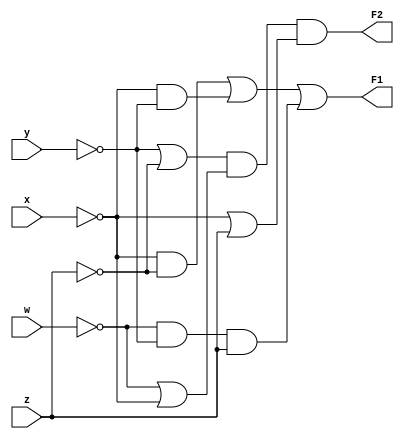
`timescale 1ns / 1ps
//////////////////////////////////////////////////////////////////////////////////
// Company: 
// Engineer: 
// 
// Design Name: 
// Module Name:    Ex1 
// Project Name: 
// Target Devices: 
// Tool versions: 
// Description: 
//
// Dependencies: 
//
// Revision: 
// Revision 0.01 - File Created
// Additional Comments: 
//
//////////////////////////////////////////////////////////////////////////////////
module Ex1(F1, F2, w, x, y, z);
output F1, F2;
input w, x, y, z;

wire F1, F2, w, x, y, z;

assign F1 = ~x&~z | ~x&~y | ~w&~y&z;
assign F2 = (~y|~z) & (~w|~x) & (~x|z);

endmodule